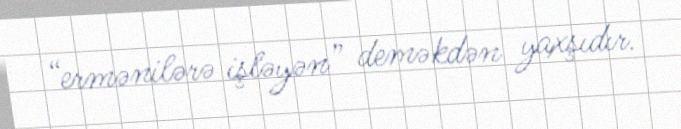
“ermənilərə işləyən” deməkdən yaxşıdır.